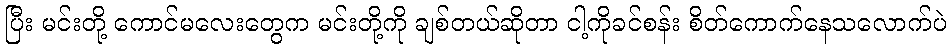
ပြီး မင်းတို့ ကောင်မလေးတွေက မင်းတို့ကို ချစ်တယ်ဆိုတာ ငါ့ကိုခင်စန်း စိတ်ကောက်နေသလောက်ပဲ